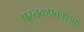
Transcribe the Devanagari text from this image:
पुस्तकप्रकाशक